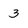
Character: 3